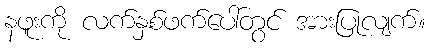
နဖူးကို လက်နှစ်ဖက်ပေါ်တွင် အားပြုလျက်။